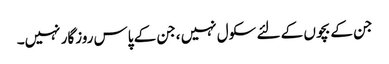
جن کے بچوں کے لئے سکول نہیں ،جن کے پاس روزگار نہیں۔